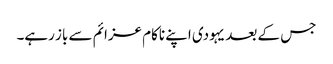
جس کے بعد یہودی اپنے ناکام عزائم سے باز رہے۔